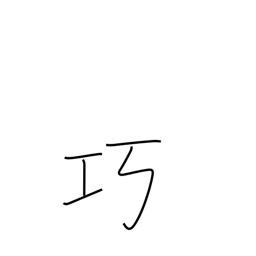
Meaning: adroit